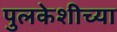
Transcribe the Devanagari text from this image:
पुलकेशीच्या